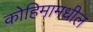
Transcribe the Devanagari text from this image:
कोहिमामधील